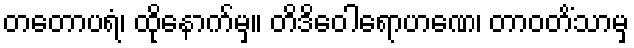
တတောပရံ၊ ထိုနောက်မှ။ တိဒိဝေါရောဟဏေ၊ တာဝတိံသာမှ